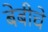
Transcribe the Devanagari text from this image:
बेबीचे